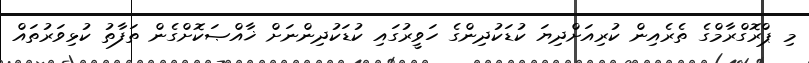
މި ޕްރޮގްރާމްގެ ތެރެއިން ކުރިއަށްދިޔަ ކުޑަކުދިންގެ ހަވީރުގައި ކުޑަކުދިންނަށް ޚާއްޞަކޮށްގެން ތަފާތު ކުޅިވަރުތައް